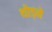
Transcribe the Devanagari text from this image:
थोड़ने